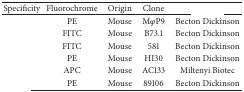
<table><thead><tr><td><b>Specificity</b></td><td><b>Fluorochrome</b></td><td><b>Origin</b></td><td><b>Clone</b></td><td>[EMPTY_CELL]</td></tr></thead><tbody><tr><td>[EMPTY_CELL]</td><td>PE</td><td>Mouse</td><td> M<i>φ</i>P9</td><td>Becton Dickinson</td></tr><tr><td>[EMPTY_CELL]</td><td>FITC</td><td>Mouse</td><td>B73.1</td><td>Becton Dickinson</td></tr><tr><td>[EMPTY_CELL]</td><td>FITC</td><td>Mouse</td><td>581</td><td>Becton Dickinson</td></tr><tr><td>[EMPTY_CELL]</td><td>PE</td><td>Mouse</td><td>HI30</td><td>Becton Dickinson</td></tr><tr><td>[EMPTY_CELL]</td><td>APC</td><td>Mouse</td><td>AC133</td><td>Miltenyi Biotec</td></tr><tr><td>[EMPTY_CELL]</td><td>PE</td><td>Mouse</td><td>89106</td><td>Becton Dickinson</td></tr></tbody></table>